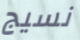
نسيج